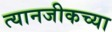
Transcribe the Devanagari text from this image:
त्यानजीकच्या